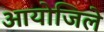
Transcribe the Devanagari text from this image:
आयोजिले